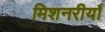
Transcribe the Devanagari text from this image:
मिशनरीयाँ